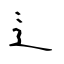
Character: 辶